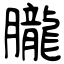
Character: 朧